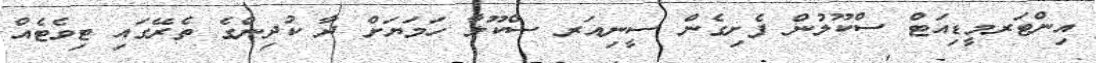
އިންޓަރމީޑިއަޓް ސްކޫލުން ފެށިގެން ސީނިއަރ ސްކޫލާ ހަމަޔަށް ދާ ކުދިންގެ ތެރޭގައި ޓިވެޓެއް